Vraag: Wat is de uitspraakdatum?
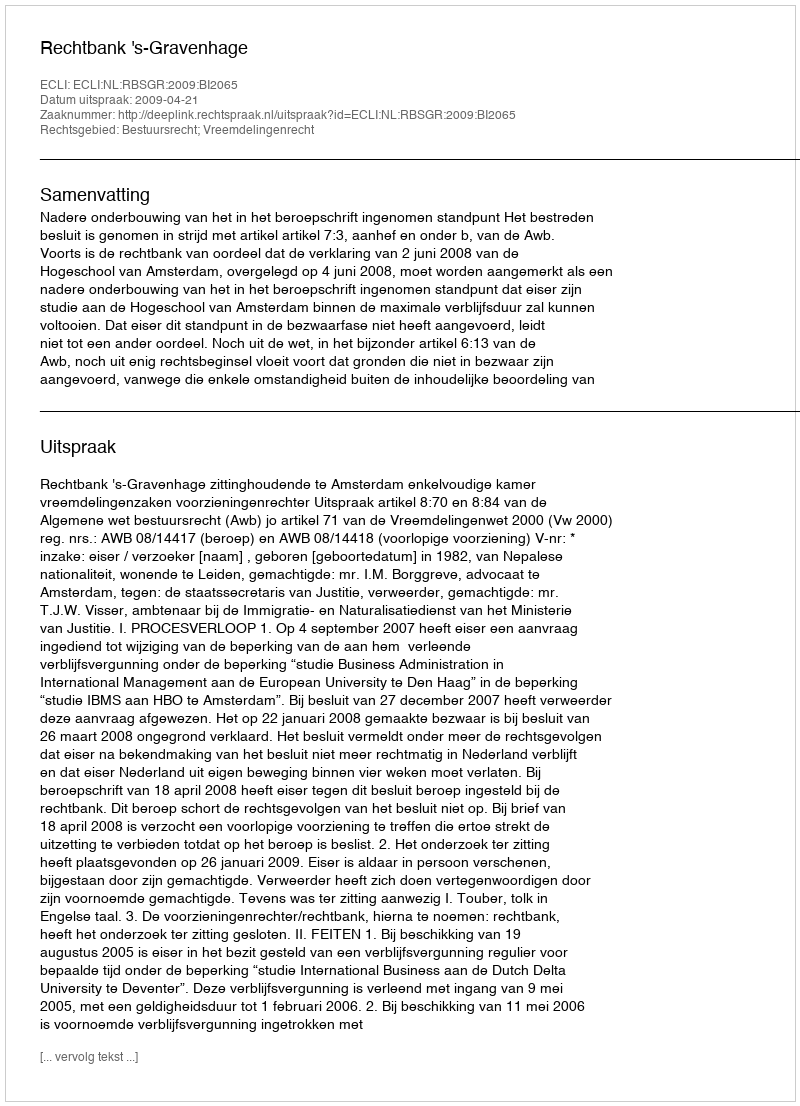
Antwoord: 2009-04-21